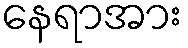
နေရာအား